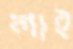
লাই